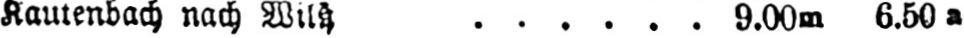
Kautenbach nach Wiltz ...... 9.00m 6.50a